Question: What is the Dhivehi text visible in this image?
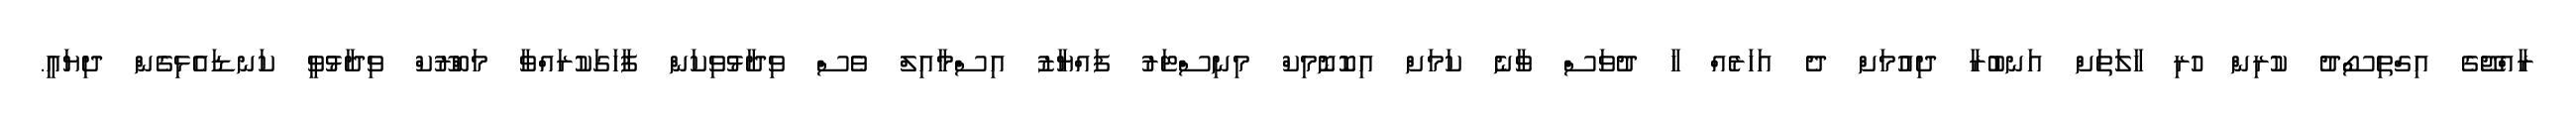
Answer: ރާއްޖޭގެ އިގްތިސޯދު ކުރިން ހުރި ހާލަތަށް އަނބުރާ ދިއުމަށް ދެ އަހަރެއް ހާ ދުވަސް ވާނެ ކަމަށް އިކޮނޮމިކް މިނިސްޓަރު ފައްޔާޒު އިސްމާއިލް ވެސް ވިދާޅުވިކަން ފާހަގަކުރައްވާ މަބްރޫކް ވިދާޅުވީ ކަނޑައެޅިގެން ދިޔައީ.